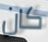
كان